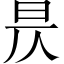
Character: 昃